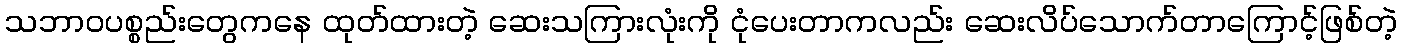
သဘာဝပစ္စည်းတွေကနေ ထုတ်ထားတဲ့ ဆေးသကြားလုံးကို ငုံပေးတာကလည်း ဆေးလိပ်သောက်တာကြောင့်ဖြစ်တဲ့